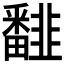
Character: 𩐏